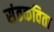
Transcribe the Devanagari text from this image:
संतकविता